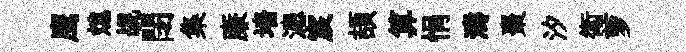
鹰熄覘閉集亷墻漶宸頡算悁濤棗汐衛萝